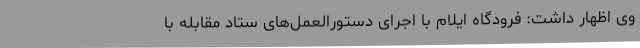
وی اظهار داشت: فرودگاه ایلام با اجرای دستورالعمل‌های ستاد مقابله با